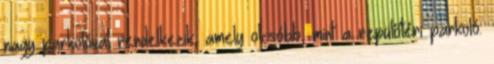
nagy parkolóval rendelkezik, amely olcsóbb, mint a repülőtéri parkoló.